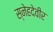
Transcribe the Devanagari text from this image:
स्नेहदेवीर